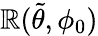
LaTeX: \mathbb{R}(\tilde{{\theta}},\phi_{0})